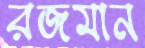
রজমান